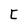
Character: C